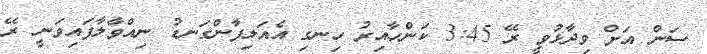
ސަން އަށް ވިދާޅުވީ ރޭ 3:45 ކަންހާއިރު ހިނގި އެއަލިފާންގަނޑު ނިއްވާލާފައިވަނީ ރޭ